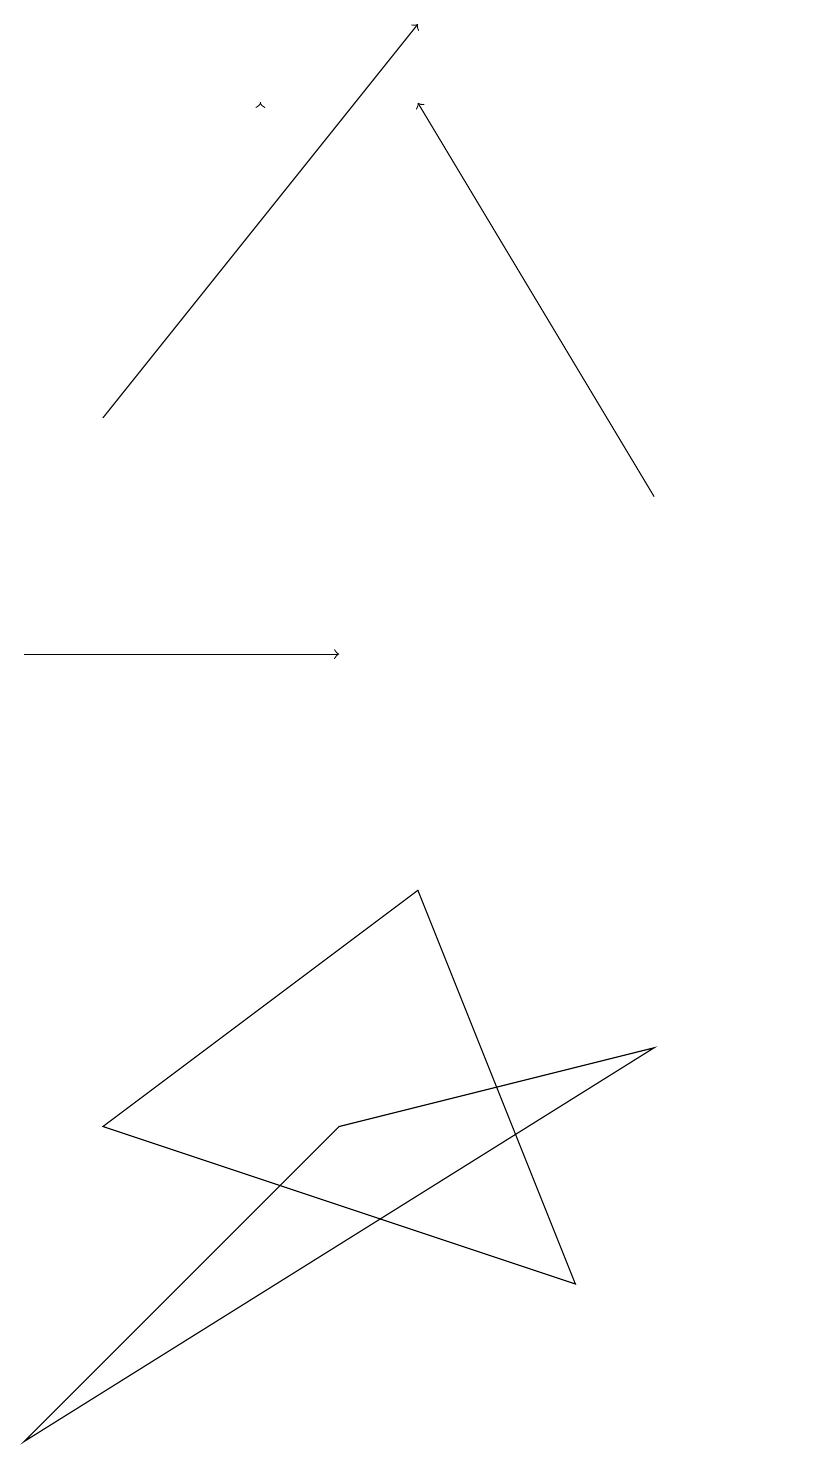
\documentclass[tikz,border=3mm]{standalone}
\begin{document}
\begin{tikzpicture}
\draw[->] (4,18) -- (4,18);
\draw (2,5) -- (8,3) -- (6,8) -- cycle;
\draw[->] (2,14) -- (6,19);
\draw (11,12) circle (0);
\draw[->] (9,13) -- (6,18);
\draw (5,5) -- (9,6) -- (1,1) -- cycle;
\draw[->] (1,11) -- (5,11);
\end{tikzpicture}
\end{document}